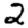
Digit: 2